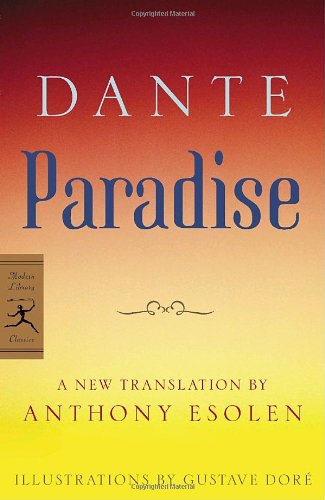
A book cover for Paradise (Modern Library Classics); Dante; Literature & Fiction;